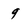
Character: 9